Calcutta medical institutions reports 1871-78
Year: 1871
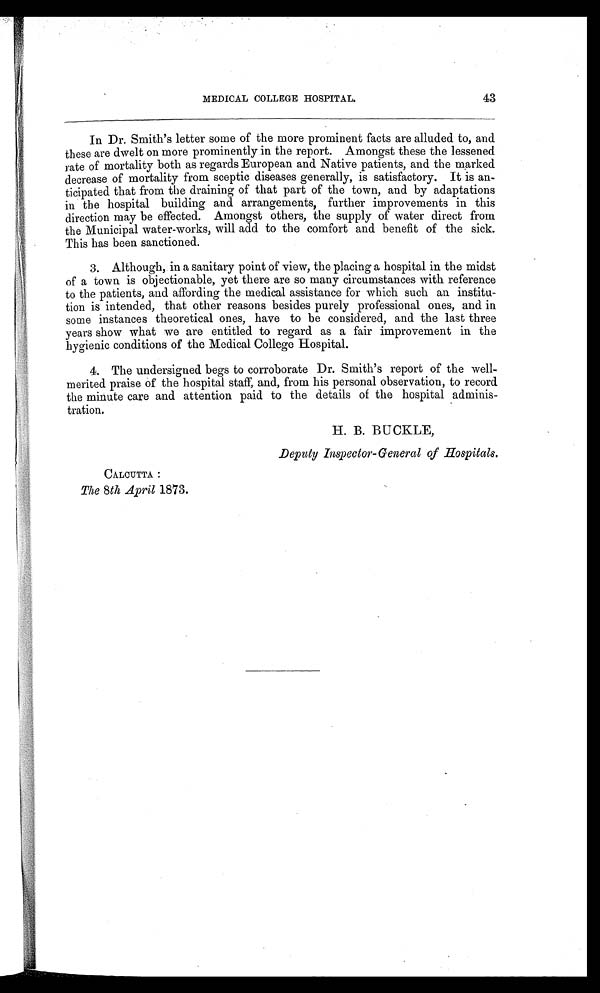
43
MEDICAL COLLEGE HOSPITAL.
In Dr. Smith's letter some of the more prominent facts are alluded to, and
these are dwelt on more prominently in the report. Amongst these the lessened
rate of mortality both as regards European and Native patients, and the marked
decrease of mortality from sceptic diseases generally, is satisfactory. It is an-
ticipated that from the draining of that part of the town, and by adaptations
in the hospital building and arrangements, further improvements in this
direction may be effected. Amongst others, the supply of water direct from
the Municipal water-works, will add to the comfort and benefit of the sick.
This has been sanctioned.
3. Although, in a sanitary point of view, the placing a hospital in the midst
of a town is objectionable, yet there are so many circumstances with reference
to the patients, and affording the medical assistance for which such an institu-
tion is intended, that other reasons besides purely professional ones, and in
some instances theoretical ones, have to be considered, and the last three
years show what we are entitled to regard as a fair improvement in the
hygienic conditions of the Medical College Hospital.
4. The undersigned begs to corroborate Dr. Smith's report of the well-
merited praise of the hospital staff, and, from his personal observation, to record
the minute care and attention paid to the details of the hospital adminis-
tration.
H. B. BUCKLE,
Deputy Inspector-General of Hospitals .
CALCUTTA :
The 8th April 1873.